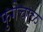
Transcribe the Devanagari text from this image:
फुगेचाळ